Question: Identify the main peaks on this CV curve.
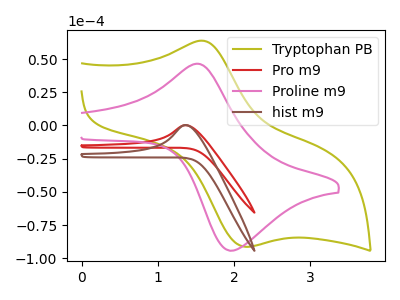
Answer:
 <answer>The olive curve "Tryptophan PB" has an anodic peak at (1.60V, 63.50uA) and a cathodic peak at (2.15V, -91.25uA). The red curve "Pro m9" has an anodic peak at: (1.35V, 0.25uA). The pink curve "Proline m9" has an anodic peak at (1.50V, 46.45uA) and a cathodic peak at (2.00V, -94.20uA). The brown curve "hist m9" has an anodic peak at: (1.35V, 0.35uA).</answer>
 <eval></eval>